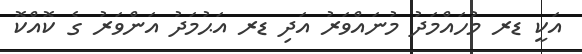
އަކީ ޑރ މުހައްމަދު މުނައްވަރު އަދި ޑރ އަޙުމަދު އަންވަރު ގެ ކޮއްކޮ